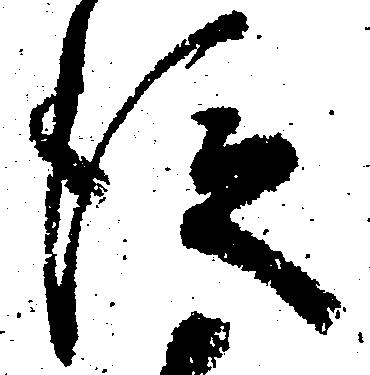
従